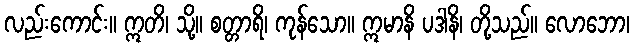
လည်းကောင်း။ ဣတိ၊ သို့။ စတ္တာရိ၊ ကုန်သော။ ဣမာနိ ပဒါနိ၊ တို့သည်။ လောဘော၊